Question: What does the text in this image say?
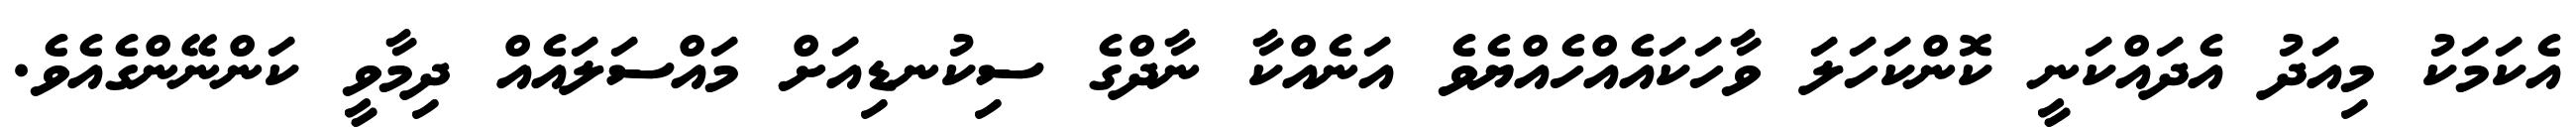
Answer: އެކަމަކު މިއަދު އެދައްކަނީ ކޮންކަހަލަ ވާހަކައެއްހެއްޔެވެ އަނެއްކާ ނާދްގެ ސިކުނޑިއަށް މައްސަލައެއް ދިމާވީ ކަންނޭންގެއެވެ.